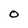
Character: O